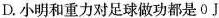
D.小明和重力对足球做功都是0J